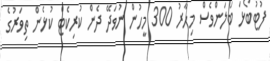
ފުޓުބޯޅަ ބަލަންވެސް މިހާރު 300 މީހުން ނުވަދޭ ދެން ކުރިކެޓް ކުޅެން ތިވަރުގެ